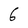
Character: 6